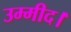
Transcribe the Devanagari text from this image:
उम्मीद।